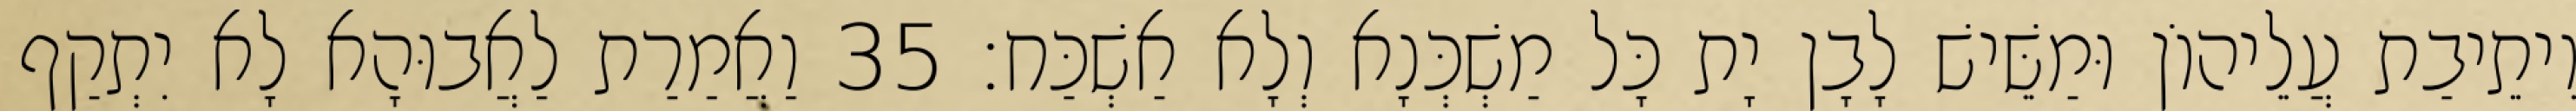
וִיתֵיבַת עֲלֵיהוֹן וּמַשֵּׁישׁ לָבָן יָת כָּל מַשְׁכְּנָא וְלָא אַשְׁכַּח׃ 35 וַאֲמַרַת לַאֲבוּהָא לָא יִתְקַף